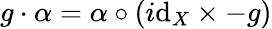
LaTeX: g\cdot\alpha=\alpha\circ(i\mathrm{d}_{X}\times-g)